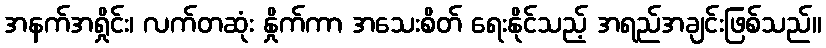
အနက်အရှိုင်း၊ လက်တဆုံး နှိုက်ကာ အသေးစိတ် ရေးနိုင်သည့် အရည်အချင်းဖြစ်သည်။